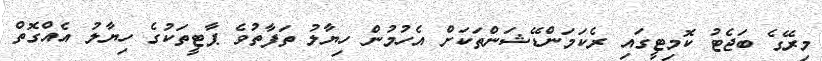
މިރޭގެ ބަޖެޓު ކޮމިޓީގައި ރެކަމަންޑޭޝަންތަކަށް އެހުމުން ހިޔާލު ތަފާތުވެ ޕާޓީތަކުގެ ހިޔާލު އެއްގޮތް